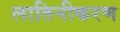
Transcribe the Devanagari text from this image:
लातिनीकरण